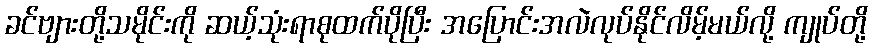
ခင်ဗျားတို့သမိုင်းကို ဆယ့်သုံးရာစုထက်ပိုပြီး အပြောင်းအလဲလုပ်နိုင်လိမ့်မယ်လို့ ကျုပ်တို့